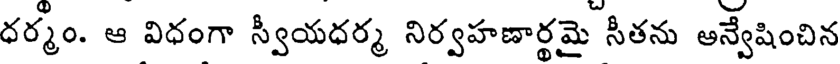
ధర్మం. ఆ విధంగా స్వీయధర్మ నిర్వహణార్థమై సీతను ఆన్వేషించిన